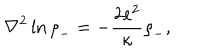
{ \nabla } ^ { 2 } \ln { { \rho } _ { - } } = - { \frac { 2 e ^ { 2 } } { \kappa } } { \rho } _ { - } ,